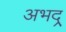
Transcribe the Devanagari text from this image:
अभद्र्